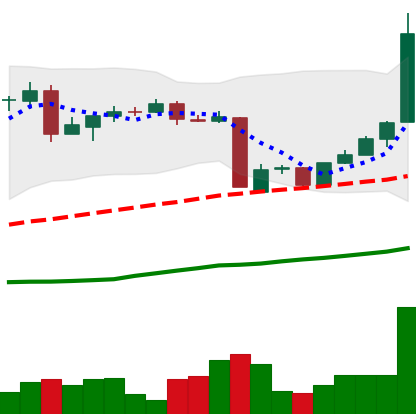
Ticker: BTC-USD
Chart end date: 2016-05-27
Forward return: 13.403%
Label: up_7plus